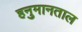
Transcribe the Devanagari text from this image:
हनुमानताल